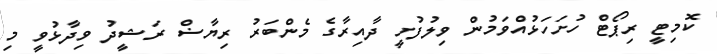
ކޮމިޓީ ރިޕޯޓް ހުށަހަޅުއްވަމުން ވިލުފުށީ ދާއިރާގެ މެންބަރު ރިޔާޟް ރަޝީދު ވިދާޅުވީ މި